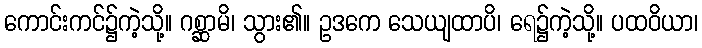
ကောင်းကင်၌ကဲ့သို့။ ဂစ္ဆာမိ၊ သွား၏။ ဥဒကေ သေယျထာပိ၊ ရေ၌ကဲ့သို့။ ပထဝိယာ၊